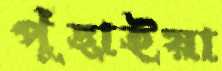
পুঁছাইয়া